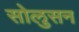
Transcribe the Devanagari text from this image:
सोलुसन